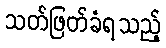
သတ်ဖြတ်ခံရသည့်